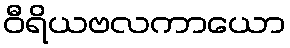
ဝီရိယဗလကာယော